Civil Veterinary Department. United Provinces 1932-42 - 1932-1942
Year: 1932
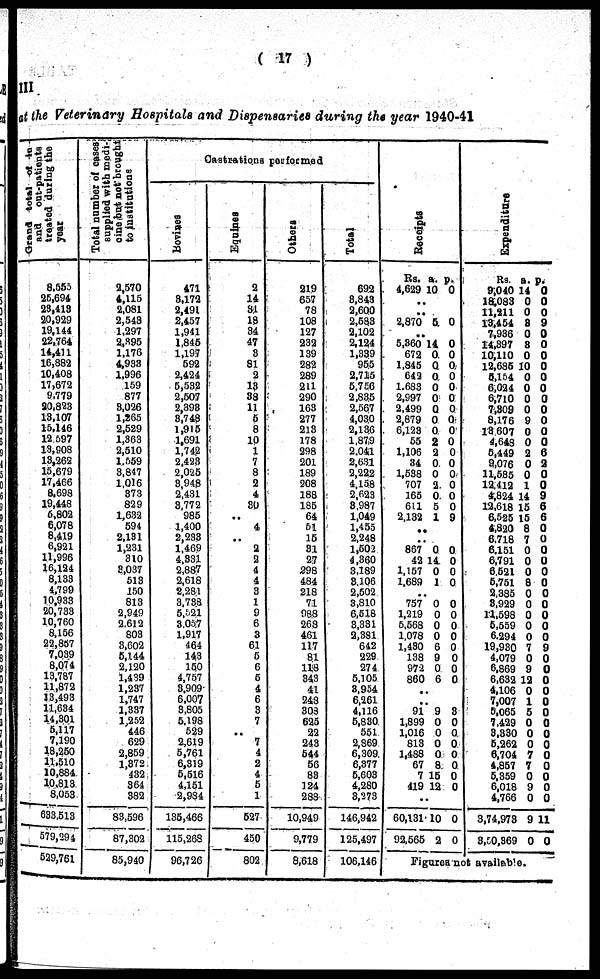
( 17 )
III
at the Veterinary Hospitals and Dispensaries during the year 1940-41
Grand
total of in-patients
and
out-patients
treated during the
year
8,555
25,694
23,413
20,929
19,144
22,764
14,411
16,882
10,408
17,672
9,779
20,823
13,107
15,146
12,597
13,908
13,262
15,679
17,466
8,698
19,448
6,802
6,078
8,419
6,921
11,996
16,124
8,133
4,799
10,933
20,733
10,760
8,156
22,857
7,039
8,074
13,787
11,872
13,493
11,634
14,301
5,117
7,190
18,250
11,510
10,884
10,813
8,053
633,513
579,294
529,761
Total number of cases
supplied with medi-
cine
but
not brought
to justitutions
2,570
4,115
2,081
2,543
1,297
2,395
1,176
4,933
1,996
159
877
3,026
1,265
2,529
1,363
2,510
1,559
3,847
1,016
373
829
1,632
594
2,131
1,231
310
3,037
513
150
813
2,949
2,612
803
3,602
5,144
2,120
1,439
1,237
1,747
1,337
1,252
446
629
2,859
1,372
432
364
382
83,596
87,302
85,940
Castrations performed
Bovises
471
8,172
2,491
2,457
1,941
1,845
1,197
592
2,424
5,532
2,507
2,398
3,748
1,915
1,691
1,742
2,423
2,025
3,948
2,431
3,772
985
1,400
2,233
1,469
4,331
2,887
2,618
2,281
3,738
5521
3,067
1,917
464
143
150
4,757
3,909
6,007
3,805
5,198
529
2,619
5,761
6,319
5,516
4,151
2,984
135,465
115,268
96,726
Equines
2
14
31
18
34
47
3
81
2
13
38
11
5
8
10
1
7
8
2
4
30
..
4
..
2
2
4
4
3
1
9
6
3
61
5
6
6
4
6
3
7
..
7
4
2
4
5
1
527
450
802
Others
219
657
78
108
127
232
139
282
289
211
290
163
277
213
178
298
201
189
208
188
185
64
51
15
31
27
298
484
218
71
988
268
461
117
81
118
343
41
243
303
625
22
243
544
56
83
124
283
10,949
9,779
8,618
Total
692
3,843
2,600
2,583
2,102
2,124
1,339
955
2,715
5,756
2,835
2,567
4,030
2,136
1,879
2,041
2,631
2,222
4,158
2,623
3,987
1,049
1,455
2,248
1,502
4,360
3,189
3,106
2,502
3,810
6,618
3,331
2,381
642
229
274
5,105
8,954
6,261
4,116
5,830
551
2,869
6,309
6,377
5,603
4,280
3,273
146,942
125,497
106,146
Receipts
Rs.
4,629
..
..
2,870
..
5,860
672
1,845
643
1.683
2,997
2,499
2,879
6,123
55
1,106
34
1,538
707
165
611
2,132
..
..
867
42
1,157
1,689
..
757
1,219
5,568
1,078
1,430
138
972
860
..
..
91
1,899
1,016
813
1,488
67
7
419
..
60,131
92,565
a.
10
5
14
0.
0
0
0
0
0
0
0
2
2
0
0
2.
0
5
1
0
14
0
1
0
0
0
0
6
9
0
6
9
0
0
0
0
8
15
12
10
2
p.
0
0
0
0
0
0
0
0
0
0
0
0
0
0
0
0
0
0
9
0
0
0
0
0
0
0
0
0
0
0
0
3
0
0
0
0
0
0
0
0
0
Expenditure
Rs
9,040 1
18,083
11,211
13,454
7,936
14,897
10,110
12,635
5,154
6,024
6,710
7,809
8,176
13,607
4,648
5,449
9,076
11,585
12,412
4,824
12,618
6,525
4,820
6,718
6.151
6,791
6,521
5,751
2,385
8,929
11,598
5,559
6,294
19,930
4,079
6,869
6,632
4,106
7,007
5,065
7,429
3,330
6,262
6,704
4,857
5,359
6,018
4,766
3,74,973
3,50,369
a.
4
0
0
8
0
8
0
10
0
0
0
0
9
0
0
2
0
0
1
14
15
15
8
7
0
0
0
8
0
0
0
0
0
7
0
9
12
0
1
5
0
0
0
7
7
0
9
0
9
0
p.
0
0
0
9
0
0
0
0
0
0
0
0
0
0
0
6
2
0
0
9
6
6
0
0
0
0
0
0
0
0
0
0
0
9
0
0
0
0
0
0
0
0
0
0
0
0
0
0
11
0
Figures not available.